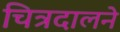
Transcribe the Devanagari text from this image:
चित्रदालने